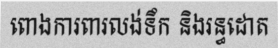
ពោងការពារលង់ទឹក និងរន្ធដោត